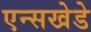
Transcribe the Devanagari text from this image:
एन्सखेडे